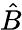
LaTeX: \hat{B}